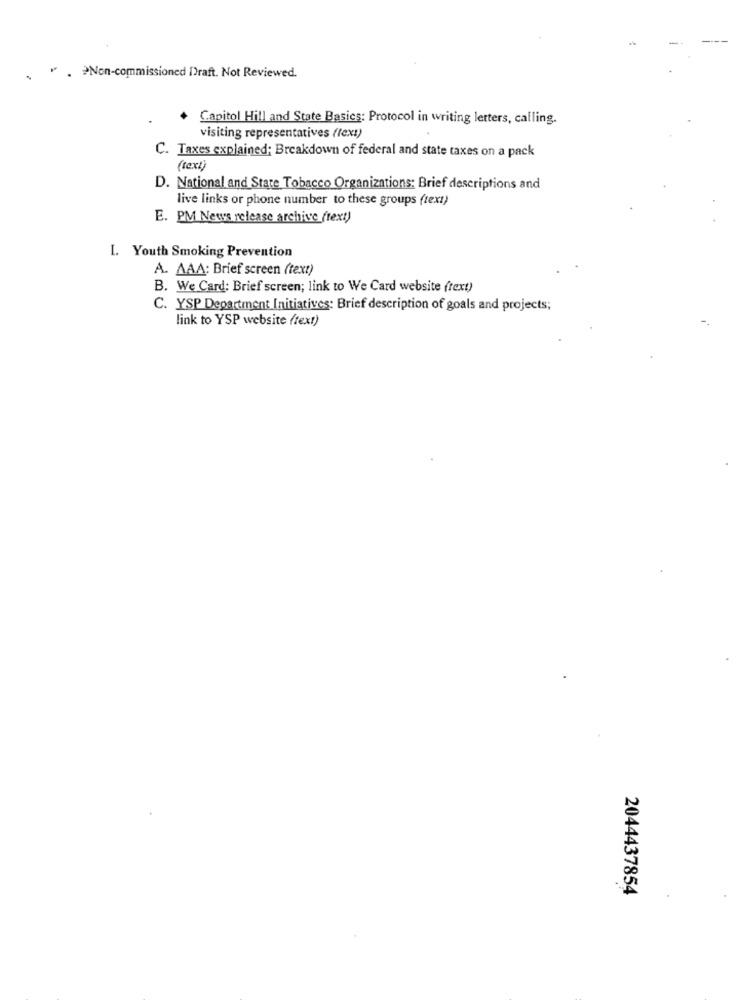
⑈ . >Non-commissioned Draft. Not Reviewed.
Capitol Hill and State Basics: Protocol in writing letters, calling.
visiting representatives ((ex:)
C. Taxes explained; Breakdown of federal and state taxes on a pack
(text)
D. National and State Tobacco Organizations: Brief descriptions and
live links or phone number to these groups (text)
E. PM News release archive frext)
I. Youth Smoking Prevention
A. AAA: Brief screen (text)
B. We Card: Brief screen; link to We Card website (text)
C. YSP Department Initiatives: Brief description of goals and projects;
link to YSP website (text)
2044437854